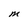
Character: M